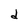
Character: d